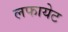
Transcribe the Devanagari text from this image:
लफायेट